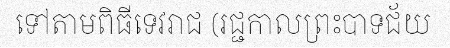
ទៅតាមពិធីទេវរាជ (រជ្ជកាលព្រះបាទជ័យ